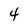
Character: 4